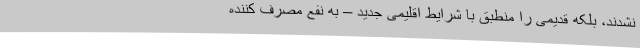
نشدند، بلکه قدیمی را منطبق با شرایط اقلیمی جدید – به نفع مصرف کننده